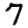
Digit: 7